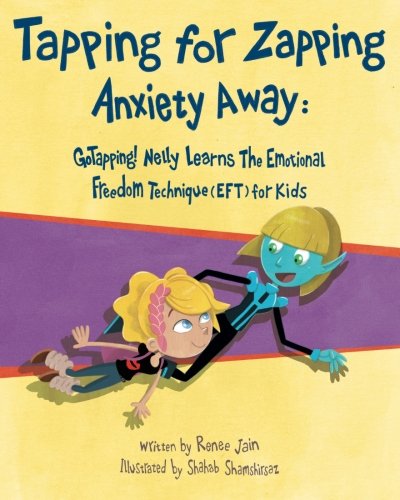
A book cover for Tapping for Zapping Anxiety Away: GoTapping! Nelly Learns the Emotional Freedom Technique (EFT) for Kids; Renee Jain; Self-Help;